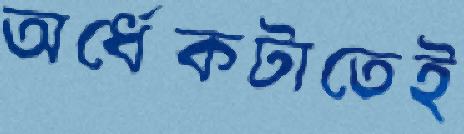
অর্ধেকটাতেই